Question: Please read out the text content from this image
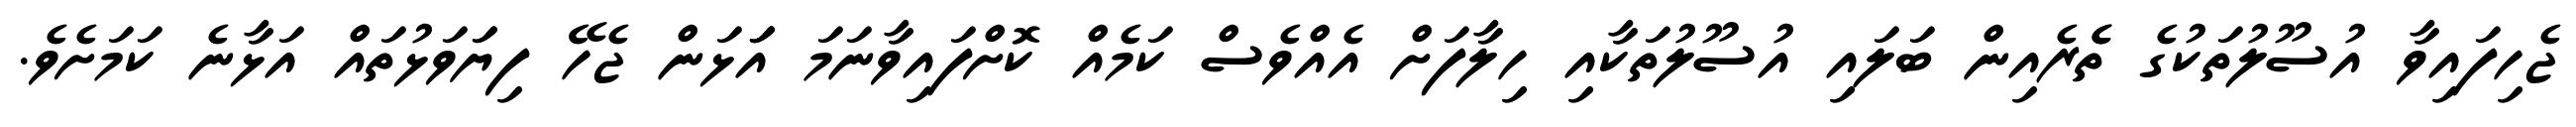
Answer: ޖެހިފައިވާ އުސޫލުތަކުގެ ތެެރެއިން ބަލައި އުސޫލުތަކާއި ހިލާފަށް އެއްވެސް ކަމެއް ކޮށްފައިވާނަމަ އަަަޅަން ޖެހޭ ފިޔަަވަޅުތައް އަޅާނެ ކަމަށެވެ.